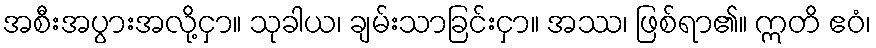
အစီးအပွားအလို့ငှာ။ သုခါယ၊ ချမ်းသာခြင်းငှာ။ အဿ၊ ဖြစ်ရာ၏။ ဣတိ ဧဝံ၊